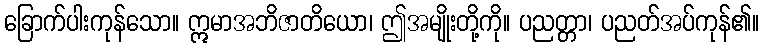
ခြောက်ပါးကုန်သော။ ဣမာအဘိဇာတိယော၊ ဤအမျိုးတို့ကို။ ပညတ္တာ၊ ပညတ်အပ်ကုန်၏။